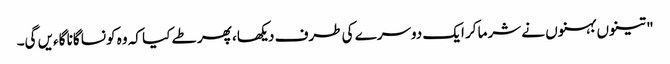
" تینوں بہنوں نے شرما کر ایک دوسرے کی طرف دیکھا، پھر طے کیا کہ وہ کونسا گانا گاءیں گی۔